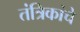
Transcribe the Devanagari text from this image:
तंत्रिकांचे